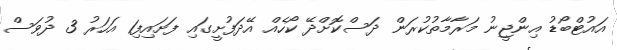
އައުޓްބޯޑު އިންޖީނު މަރާމާތުކުރަން ދަސްކޮށްދޭ ކޯހެއް އޭދަފުށީގައި ފަށައިފި1 އަހަރު 3 ދުވަސް